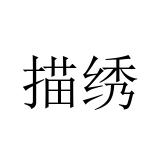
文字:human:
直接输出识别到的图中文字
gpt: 描绣